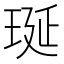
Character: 𤥻